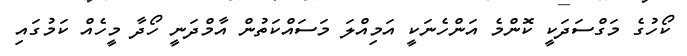
ކޯހުގެ މަގްސަދަކީ ކޮންމެ އަންހެނަކީ އަމިއްލަ މަސައްކަތުން އާމްދަނީ ހޯދާ މީހެއް ކަމުގައި